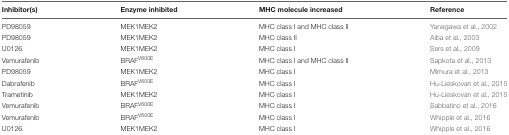
<table><thead><tr><td><b>Inhibitor(s)</b></td><td><b>Enzyme inhibited</b></td><td><b>MHC molecule increased</b></td><td><b>Reference</b></td></tr></thead><tbody><tr><td>PD98059</td><td>MEK1MEK2</td><td>MHC class I and MHC class II</td><td>Yanagawa et al., 2002</td></tr><tr><td>PD98059</td><td>MEK1MEK2</td><td>MHC class II</td><td>Aiba et al., 2003</td></tr><tr><td>U0126</td><td>MEK1MEK2</td><td>MHC class I</td><td>Sers et al., 2009</td></tr><tr><td>Vemurafenib</td><td>BRAF<sup>V600E</sup></td><td>MHC class I and MHC class II</td><td>Sapkota et al., 2013</td></tr><tr><td>PD98059</td><td>MEK1MEK2</td><td>MHC class I</td><td>Mimura et al., 2013</td></tr><tr><td>Dabrafenib</td><td>BRAF<sup>V600E</sup></td><td>MHC class I</td><td>Hu-Lieskovan et al., 2015</td></tr><tr><td>Trametinib</td><td>MEK1MEK2</td><td>MHC class I</td><td>Hu-Lieskovan et al., 2015</td></tr><tr><td>Vemurafenib</td><td>BRAF<sup>V600E</sup></td><td>MHC class I</td><td>Sabbatino et al., 2016</td></tr><tr><td>Vemurafenib</td><td>BRAF<sup>V600E</sup></td><td>MHC class I</td><td>Whipple et al., 2016</td></tr><tr><td>U0126</td><td>MEK1MEK2</td><td>MHC class I</td><td>Whipple et al., 2016</td></tr></tbody></table>